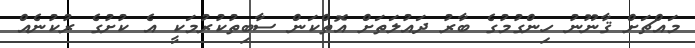
މައްޗަށް ޤާނޫނު ހިންގުމުގެ ބާރު ދައުލަތަށް އޮތްކަން ސާބިތުކުރުމަކީ އެ ކުށުގެ ރުކުނެއް